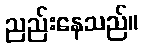
ညည်းနေသည်။